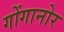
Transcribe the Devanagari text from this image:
गोंगानोर